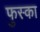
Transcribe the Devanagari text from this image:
फुस्का